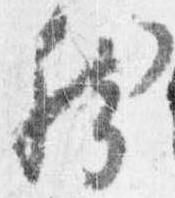
然